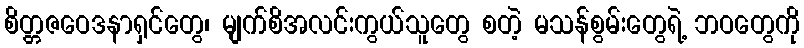
စိတ္တဇဝေဒနာရှင်တွေ၊ မျက်စိအလင်းကွယ်သူတွေ စတဲ့ မသန်စွမ်းတွေရဲ့ ဘဝတွေကို